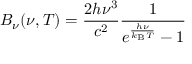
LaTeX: B _ { \nu } ( \nu , T ) = { \frac { 2 h \nu ^ { 3 } } { c ^ { 2 } } } { \frac { 1 } { e ^ { \frac { h \nu } { k _ { \mathrm { B } } T } } - 1 } }